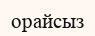
орайсыз